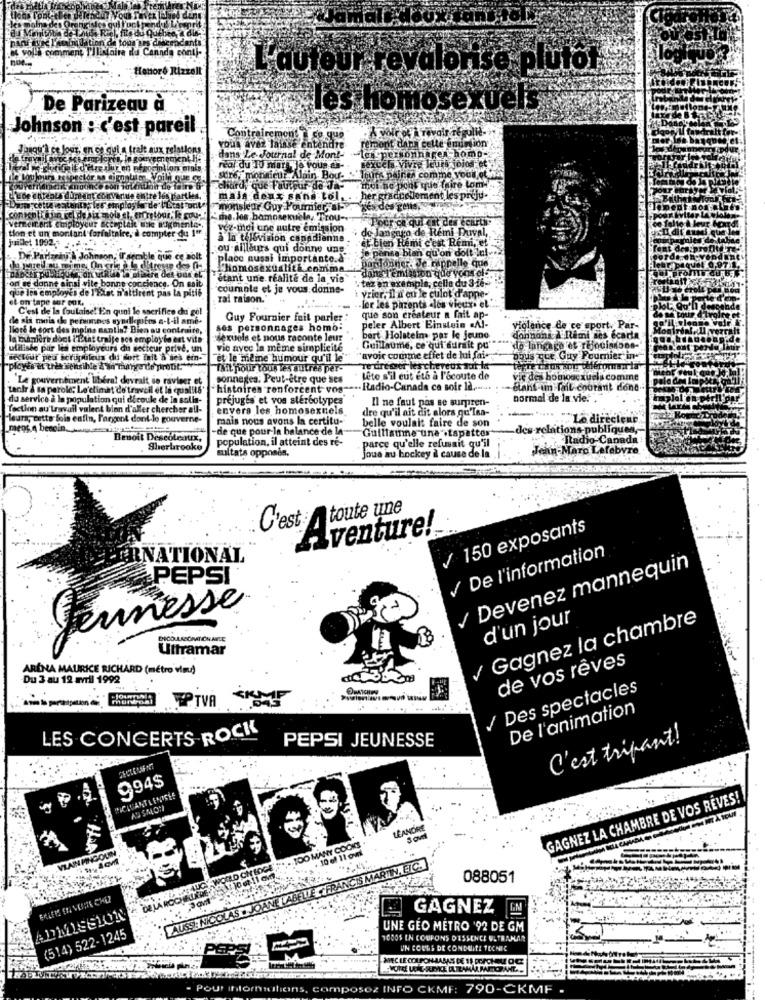
L'auteur revalorise plutot
De Parizeau à
les homosexuels
Johnson : c'est pareil
Contrairement Ico que
vous avez laisse entendre
remont
daru celle imimtion
en homp-
dans Le Journal de Mont-
excela Vivre Jeurs jojos et
real du 10 mark Ja pour an --
lou jours respector moi
strey monsieur Alain. Bou- Tours pal
A comme your.et
chard, "que F'attpur do Ja-
ont que faire Lom !!
re les parties,
main deux sans tol ..
her gra
klement les preju- -
Tempi
monsieur Guy Fournier ,-
mola
" the.los bamoseruela, Trou --
Pour ce qui est des écarts
Ik Pigmento-
wez-moi une autre emission
de langugo de Rémi Duval,
juillet 1992.
et un montant forfaitaire, à compter du 1
à la television canadienne
'et bien Hemi c'est Rem, et
ou ailleurs qui donne une"
je pense bian qu'on doit lul-
De Parizin & Johnson, Il secable qu
ie bolt
place nussi importante.a"
pardonner Je rappelle que
"homosexualita comma
dans l'émission que vous off.
"orf se donne ainsi vite borine coc cience. On sait
étant une réalité de la vis
" tez on exemple, celle du 3-16-
que les employés de l'Etat n'attirent pas la pitié
"courante et je vous donne-
' Vrier, il d' ou le culot d'apne-
et on tape sur cos.
ral raison.'
-for les parents ales vieux. el
C'est de la foutaise! Ein quni le sacrifice du gol
que son créateur a fait ap-
de sis mois de personnes wyndkpofes a-t-il ame-
Guy Fournier fait parler :
peler Albert Einstein .Al-
Ilore le sort des moins santis? Bien au contraire,
ses personnages homo-
violence de ce sport, Par-
la manière doct I'That traite nos employ be est vite
sexuels et nous raconte leur
bert Holsteins par le jeune
donnons A Remi ses ecarla
utilisée par les employeurs du secteur privé, un
vic avec la même simplicité
Guillaume, ce qui aurait pu
de langage et réjouisdone-
Bectout peu scrupuleus du dort tuit à ses ein-
"et le midie humour qu'il le
"avoir comme effet de lui fai-
pous que Guy Fournier in-
"ployes et tres sensible don'thunya de pirout:"
fait pour tous les autres per-
Te drewer les cheveux auf la
Le gouvernement libera! devrait se ravieer et
sonnages. Peut-être que ses
Lite s'il eut eth à l'écoute de
vir des homouczucia comine
tenir & sa parole; Lo'climat de travail et la qualité'
"histoires renforcent vog -... Radio-Canada ce soir la ....
Stans-um fait courant dond.
du service à la population qui découle de la salia-
prejuges et vos stereotypes
Il ne faut pas se surpren-
normal de la vie. ,
Tection au'travail valent bien d'aller chercher all-
envers les homosexuels
dre qu'il ait dit alors qu'laa-
leurs, cette fois enfin, l'argent dont le gouverne-
"mais nous avons la certitu-
belle voulait faire de son
Lo dir
ment a besoin . waress ity "tag
-de que pour la balance de la-
Guillaume une .tapattor"
des-relations-publiqu
Benoit Descoteaux,
population, il atteint des re-
parce qu'elle refusait qu'il
Radio Can
Sherbrooke
Jean-Marc Let
sultats opposés,
joue au hockey à cause de la
C'est:Atoute une
Aventure!
/ 150 exposants
De l'information
RNATIONAL
Devenez mannequin
PEPSI
Jeunesse
Gagnez la chambre
d'un jour
Ultramar
de vos rêves
ARÉNA MAURICE RICHARD (métro viny)
Du 3 au 12 avril 1992
/ Des spectacles
TPTVA
....
De l'animation
LES CONCERTS ROCK
C'est tripant!
PEPSI JEUNESSE
994$
GAGNEZ LA CHAMBRE DE VOS RÊVES!
LÉANDRE
TOO MANY COOKS
. 10 el 11 own
COLD CHEOGE'
N,ETC.
LABELLE FRANCI
088051
GAGNEZ
ADMISSION
AUSSEN
(514) 522-1245
UNE GEO METRO '92 DE GM
1000$ IN COUPONS DISSENCE ULTRAMAR
UN COURS DE CONDUITE TECHIC
Pour Ihlormutions, composez INFO CKME: 790-CKMF